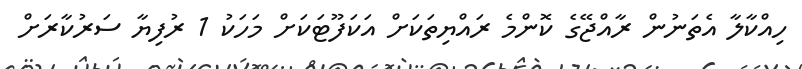
ހިއްކާލާ އެތަނުން ރާއްޖޭގެ ކޮންމެ ރައްޔިތަކަށް އަކަފޫޓަކަށް މަހަކު 1 ރުފިޔާ ސަރުކާރަށް